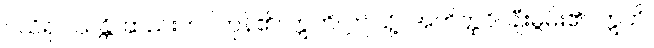
ပယိရုပါသန္တိ၊ ဆည်းကပ်ကုန်၏။ ဣတိ၊ ဤသို့။ အဘိတ္ထဝိ၊ ချီးမွမ်း၏။ ဣတိ၊